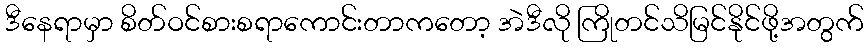
ဒီနေရာမှာ စိတ်ဝင်စားစရာကောင်းတာကတော့ အဲဒီလို ကြိုတင်သိမြင်နိုင်ဖို့အတွက်